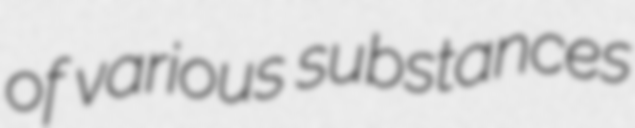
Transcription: of various substances